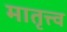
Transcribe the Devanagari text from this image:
मातृत्त्व